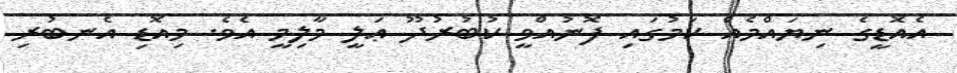
އެއޮޑީގެ ނިޔައްމެއް ކަމުގައި ފޮނުއްވީ ކުބުރުދޫ ޢަލީ މާލިމީ އެވެ. މިއޮޑި އެނބުރި